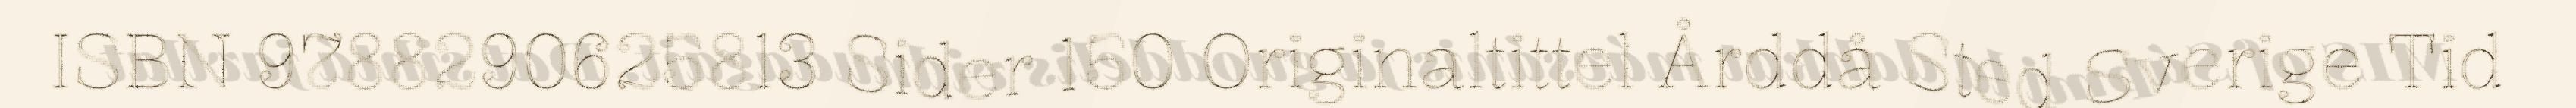
ISBN 9788290625813 Sider 150 Originaltittel Årddå Sted Sverige Tid